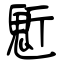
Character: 鬿